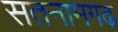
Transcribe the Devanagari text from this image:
सतनामगढ़